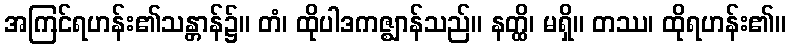
အကြင်ရဟန်း၏သန္တာန်၌။ တံ၊ ထိုပါဒကဇ္ဈာန်သည်။ နတ္ထိ၊ မရှိ။ တဿ၊ ထိုရဟန်း၏။